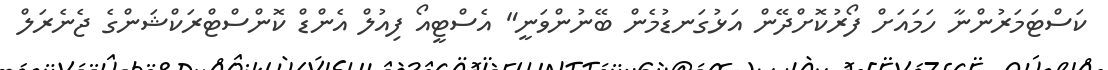
ކަސްޓަމަރުންނާ ހަމައަށް ފޯރުކޮށްދޭން އަޅުގަނޑުމެން ބޭނުންވަނީ" އެސްޓީއޯ ފިއުލް އެންޑް ކޮންސްޓްރަކްޝަންގެ ޖެނެރަލް